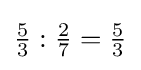
{\tfrac {5}{3}}:{\tfrac {2}{7}}={\tfrac {5}{3}}